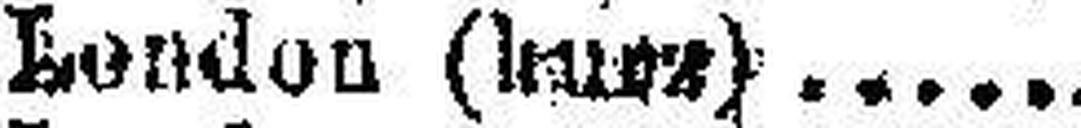
London (kurz)